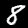
Label: 8